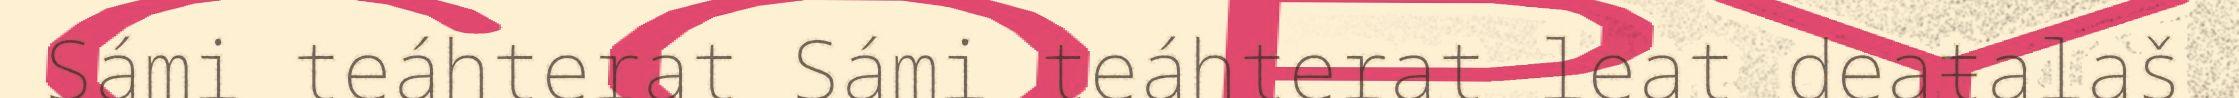
Sámi teáhterat Sámi teáhterat leat deaŧalaš